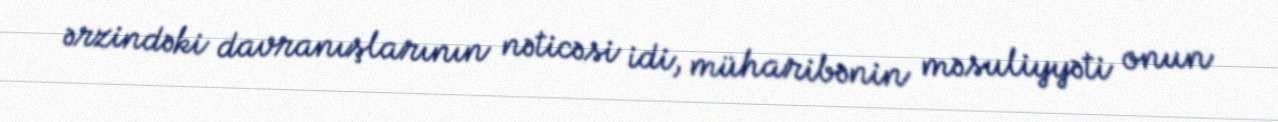
ərzindəki davranışlarının nəticəsi idi, müharibənin məsuliyyəti onun